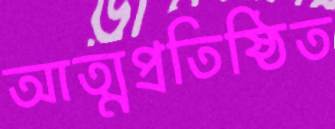
আত্মপ্রতিষ্ঠিত